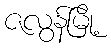
ဇလွန်မြို့